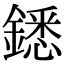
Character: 鏭